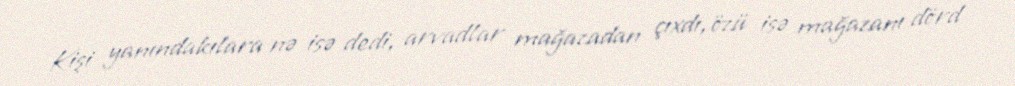
Kişi yanındakılara nə isə dedi, arvadlar mağazadan çıxdı, özü isə mağazanı dörd